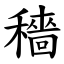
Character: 穡